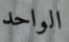
الواحد